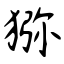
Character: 猕